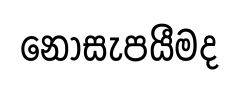
නොසැපයීමද